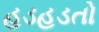
હડહડતો